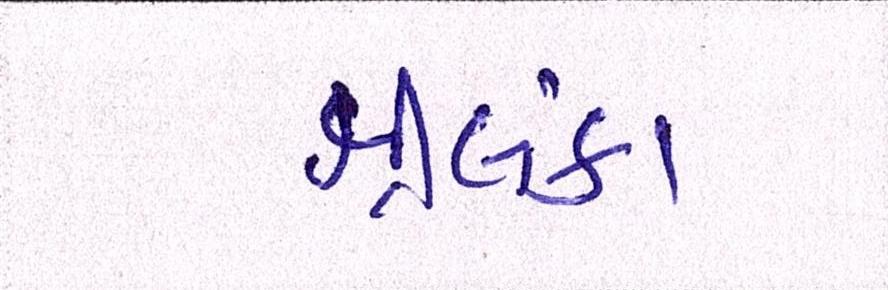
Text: શ્રીલંકા